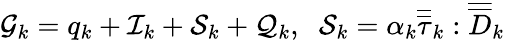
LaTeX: \mathcal{G}_{k}=q_{k}+\mathcal{I}_{k}+\mathcal{S}_{k}+\mathcal{Q}_{k},\; \; \mathcal{S}_{k}=\alpha_{k}\overline{{\overline{{\tau}}}}_{k}:\overline{{\overline{{D}}}}_{k}